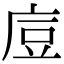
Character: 㢄